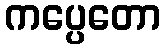
ကပ္ပေတော